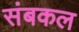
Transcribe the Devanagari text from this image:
संबकल